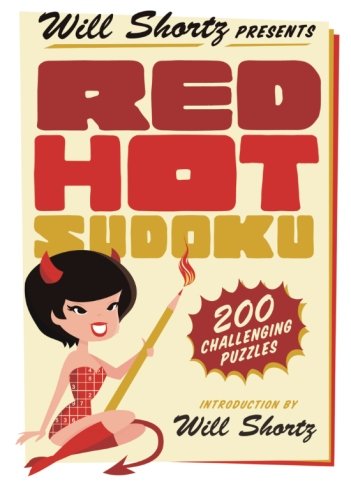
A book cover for Will Shortz Presents Red Hot Sudoku: 200 Challenging Puzzles; Will Shortz; Humor & Entertainment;